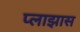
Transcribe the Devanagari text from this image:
प्लाझास